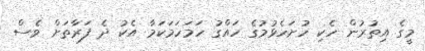
މީގެ އިތުރުން ހެކި ހުށަހެޅުމުގެ ހައްގު ހަމަހަމަކަމާ އެކު ދެ ފަރާތަށް ވެސް